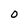
Character: O